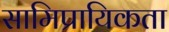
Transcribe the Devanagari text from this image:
सामिप्रायिकता